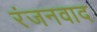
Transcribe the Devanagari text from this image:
रंजनवाद